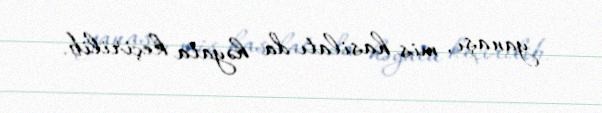
yanaşı, mis hasilatı da həyata keçirilib.